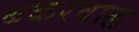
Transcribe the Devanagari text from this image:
बकरवाल